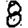
Digit: 8